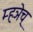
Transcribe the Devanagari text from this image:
म्हञेच्